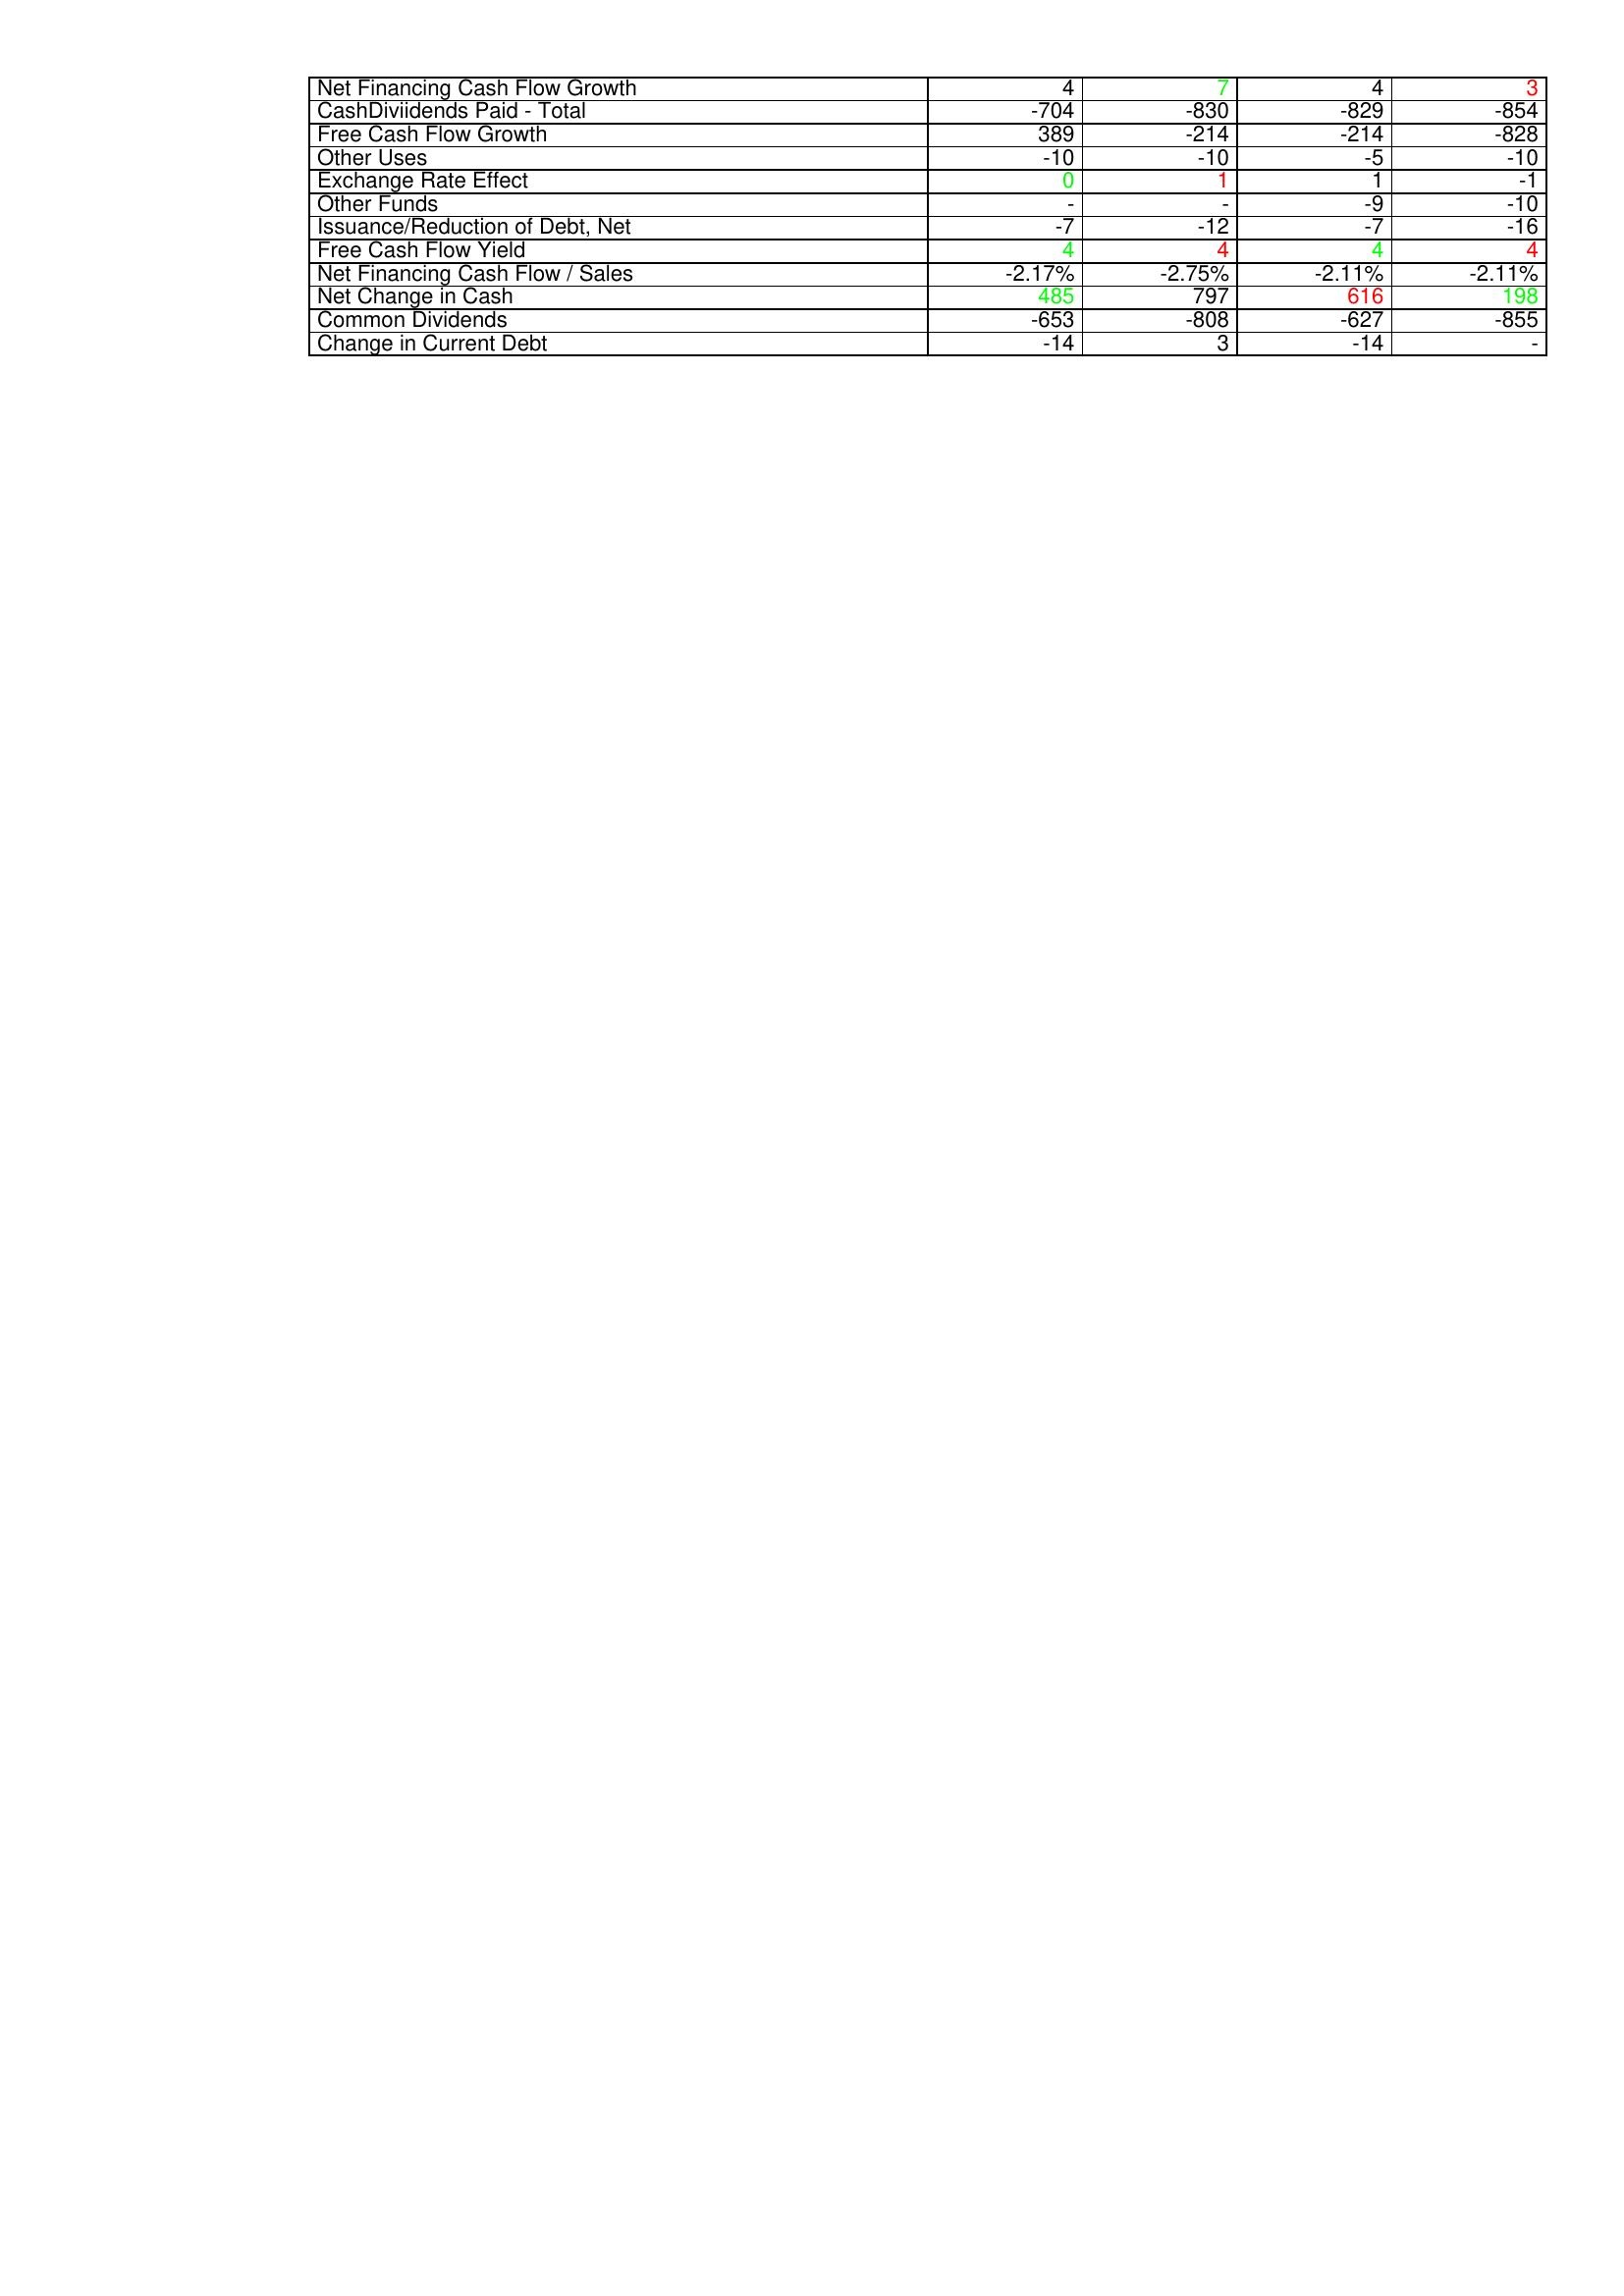
gt_parse: 2021: Financing Activities: Net Financing Cash Flow Growth: 4
CashDiviidends Paid - Total: -704
Free Cash Flow Growth: 389
Other Uses: -10
Exchange Rate Effect: 0
Other Funds: -
Issuance/Reduction of Debt, Net: -7
Free Cash Flow Yield: 4
Net Financing Cash Flow / Sales: -2.17%
Net Change in Cash: 485
Common Dividends: -653
Change in Current Debt: -14
2020: Financing Activities: Net Financing Cash Flow Growth: 7
CashDiviidends Paid - Total: -830
Free Cash Flow Growth: -214
Other Uses: -10
Exchange Rate Effect: 1
Other Funds: -
Issuance/Reduction of Debt, Net: -12
Free Cash Flow Yield: 4
Net Financing Cash Flow / Sales: -2.75%
Net Change in Cash: 797
Common Dividends: -808
Change in Current Debt: 3
2019: Financing Activities: Net Financing Cash Flow Growth: 4
CashDiviidends Paid - Total: -829
Free Cash Flow Growth: -214
Other Uses: -5
Exchange Rate Effect: 1
Other Funds: -9
Issuance/Reduction of Debt, Net: -7
Free Cash Flow Yield: 4
Net Financing Cash Flow / Sales: -2.11%
Net Change in Cash: 616
Common Dividends: -627
Change in Current Debt: -14
2018: Financing Activities: Net Financing Cash Flow Growth: 3
CashDiviidends Paid - Total: -854
Free Cash Flow Growth: -828
Other Uses: -10
Exchange Rate Effect: -1
Other Funds: -10
Issuance/Reduction of Debt, Net: -16
Free Cash Flow Yield: 4
Net Financing Cash Flow / Sales: -2.11%
Net Change in Cash: 198
Common Dividends: -855
Change in Current Debt: -